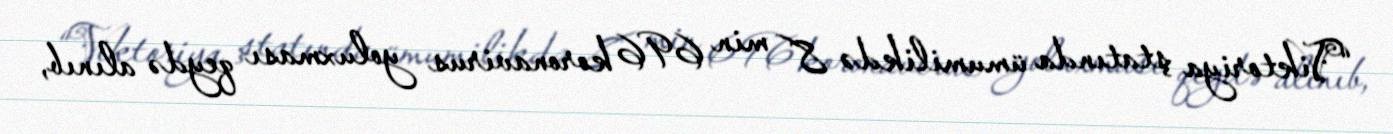
“Viktoriya ştatında ümumilikdə 8 min 696 koronavirus yoluxması qeydə alınıb,